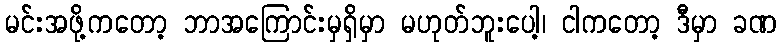
မင်းအဖို့ကတော့ ဘာအကြောင်းမှရှိမှာ မဟုတ်ဘူးပေါ့၊ ငါကတော့ ဒီမှာ ခဏ